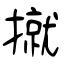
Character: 㩆